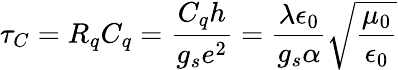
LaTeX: \tau_{C}=R_{q}C_{q}=\frac{C_{q}h}{g_{s}e^{2}}=\frac{\lambda\epsilon_{0}}{g_{s}\alpha}\sqrt{\frac{\mu_{0}}{\epsilon_{0}}}